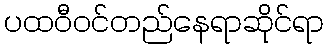
ပထဝီဝင်တည်နေရာဆိုင်ရာ